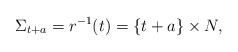
\begin{align*}\Sigma_{t + a} = r^{-1}(t) = \{t + a \} \times N,\end{align*}